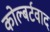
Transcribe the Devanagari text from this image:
कोल्बर्टवाद